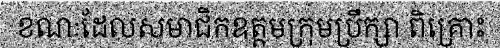
ខណៈដែលសមាជិកឧត្តមក្រុមប្រឹក្សា ពិគ្រោះ